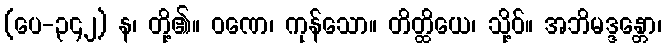
(ပေ-၃၄၂) န၊ တို့၏။ ဝဏေ၊ ကုန်သော။ တိတ္ထိယေ၊ သို့ဝ်။ အဘိမဒ္ဒန္တော၊